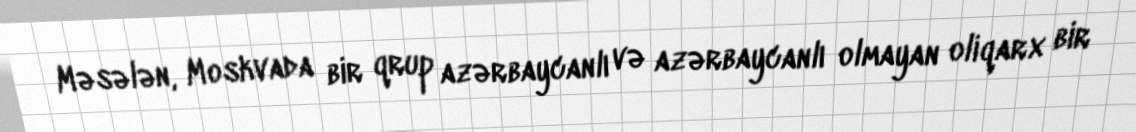
Məsələn, Moskvada bir qrup azərbaycanlı və azərbaycanlı olmayan oliqarx bir